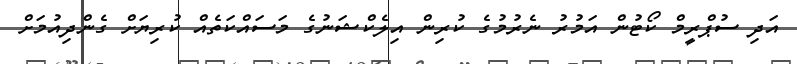
އަދި ސުޕްރީމް ކޯޓުން އަމުރު ނެރުމުގެ ކުރިން އިލެކްޝަނުގެ މަސައްކަތެއް ކުރިޔަށް ގެންދިއުމަށް